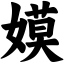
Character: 嫫